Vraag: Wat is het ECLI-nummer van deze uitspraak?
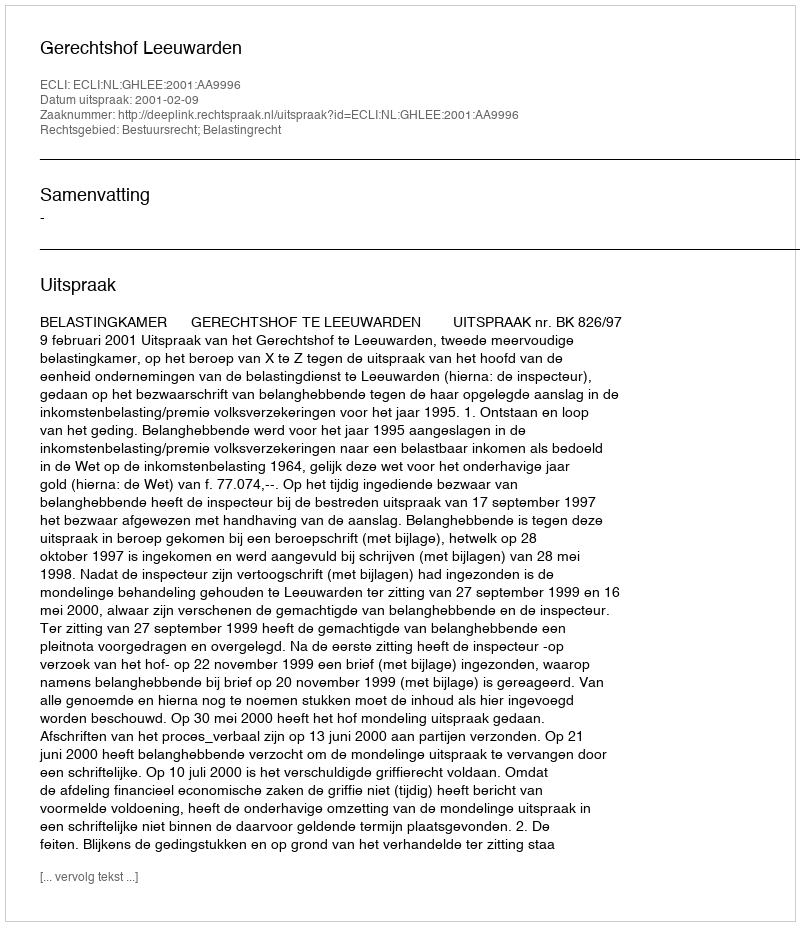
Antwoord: ECLI:NL:GHLEE:2001:AA9996